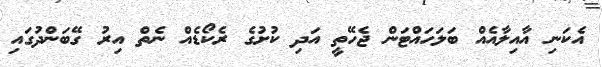
އެކަނި އާއިލާއެއް ބަލަހައްޓަން ޖެހޭތީ އަދި ކުށުގެ ރެކޯޑެއް ނެތް އިރު ގޭބަންދުގައި